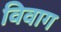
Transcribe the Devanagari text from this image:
विवाग